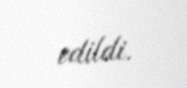
edildi.